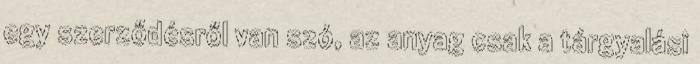
egy szerződésről van szó, az anyag csak a tárgyalási